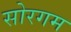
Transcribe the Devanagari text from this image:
सोरगम